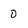
Character: 0